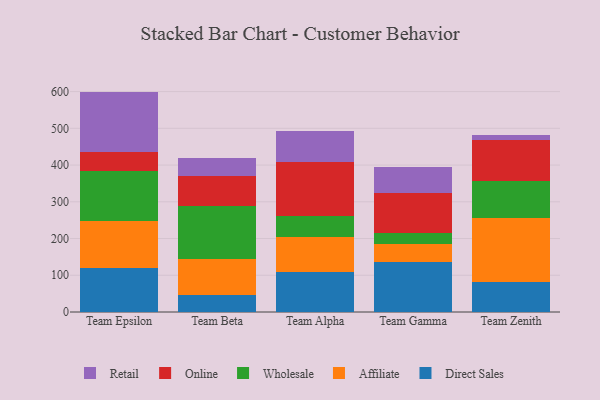
{"axis": {"x": "Team", "y": "Tickets Resolved"}, "legend": ["Affiliate", "Direct Sales", "Online", "Retail", "Wholesale"], "data": [{"x": "Team Epsilon", "y": 119.4, "type": "Direct Sales"}, {"x": "Team Epsilon", "y": 127.0, "type": "Affiliate"}, {"x": "Team Epsilon", "y": 138.3, "type": "Wholesale"}, {"x": "Team Epsilon", "y": 50.3, "type": "Online"}, {"x": "Team Epsilon", "y": 165.0, "type": "Retail"}, {"x": "Team Beta", "y": 47.0, "type": "Direct Sales"}, {"x": "Team Beta", "y": 96.0, "type": "Affiliate"}, {"x": "Team Beta", "y": 145.4, "type": "Wholesale"}, {"x": "Team Beta", "y": 82.7, "type": "Online"}, {"x": "Team Beta", "y": 49.2, "type": "Retail"}, {"x": "Team Alpha", "y": 108.9, "type": "Direct Sales"}, {"x": "Team Alpha", "y": 95.4, "type": "Affiliate"}, {"x": "Team Alpha", "y": 57.2, "type": "Wholesale"}, {"x": "Team Alpha", "y": 148.2, "type": "Online"}, {"x": "Team Alpha", "y": 81.9, "type": "Retail"}, {"x": "Team Gamma", "y": 136.7, "type": "Direct Sales"}, {"x": "Team Gamma", "y": 47.4, "type": "Affiliate"}, {"x": "Team Gamma", "y": 31.4, "type": "Wholesale"}, {"x": "Team Gamma", "y": 108.9, "type": "Online"}, {"x": "Team Gamma", "y": 71.6, "type": "Retail"}, {"x": "Team Zenith", "y": 82.4, "type": "Direct Sales"}, {"x": "Team Zenith", "y": 172.8, "type": "Affiliate"}, {"x": "Team Zenith", "y": 101.9, "type": "Wholesale"}, {"x": "Team Zenith", "y": 109.8, "type": "Online"}, {"x": "Team Zenith", "y": 14.7, "type": "Retail"}]}